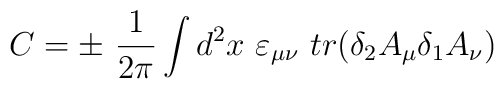
C=\pm\ {1\over 2\pi}\int d^2x\ \varepsilon_{\mu\nu}\ tr(\delta_2 A_\mu\delta_1A_\nu )